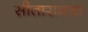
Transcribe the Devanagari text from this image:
सीतारामचा